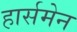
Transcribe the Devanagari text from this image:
हार्समेन